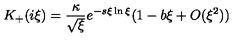
K _ { + } ( i \xi ) = \frac { \kappa } { \sqrt { \xi } } e ^ { - s \xi \ln \xi } ( 1 - b \xi + O ( \xi ^ { 2 } ) )